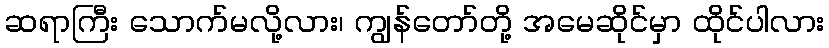
ဆရာကြီး သောက်မလို့လား၊ ကျွန်တော်တို့ အမေဆိုင်မှာ ထိုင်ပါလား